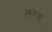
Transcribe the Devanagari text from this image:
लोग्